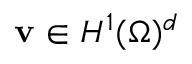
{ \mathbf v } \in H ^ { 1 } ( \Omega ) ^ { d }